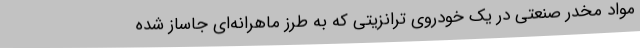
مواد مخدر صنعتی در یک خودروی ترانزیتی که به طرز ماهرانه‌ای جاساز شده